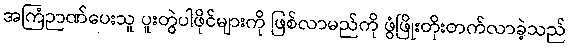
အကြံဉာဏ်ပေးသူ ပူးတွဲပါဖိုင်များကို ဖြစ်လာမည်ကို ဖွံဖြိုးတိုးတက်လာခဲ့သည်